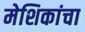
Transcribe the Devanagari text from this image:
मेशिकांचा